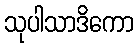
သုပါသာဒိကော